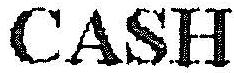
CASH